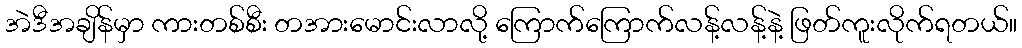
အဲဒီအချိန်မှာ ကားတစ်စီး တအားမောင်းလာလို့ ကြောက်ကြောက်လန့်လန့်နဲ့ ဖြတ်ကူးလိုက်ရတယ်။